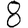
Digit: 8